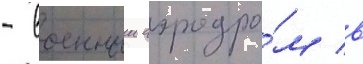
- военныи аэродро́м в